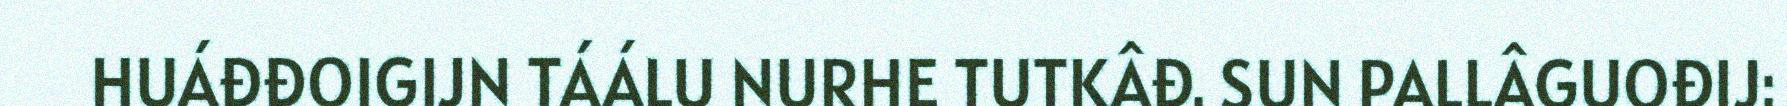
HUÁĐĐOIGIJN TÁÁLU NURHE TUTKÂĐ. SUN PALLÂGUOĐIJ: